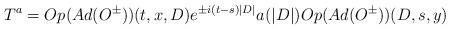
LaTeX: \begin{align*}T^a = Op(Ad(O^{\pm}))(t,x,D) e^{\pm i(t-s) |D|} a(|D|) Op(Ad(O^\pm))(D,s,y)\end{align*}